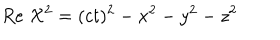
LaTeX: R e \; { \cal X } ^ { 2 } = ( c t ) ^ { 2 } - x ^ { 2 } - y ^ { 2 } - z ^ { 2 }